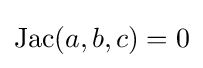
{\rm {Jac}}(a,b,c)=0